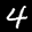
Label: 4